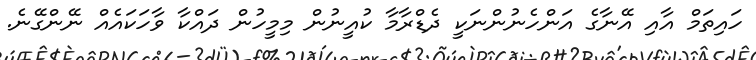
ހައިތަމް އާއި އޭނާގެ އަންހެނުންނަކީ ދެޑްރާމާ ކުއީނުން މިމީހުން ދައްކާ ވާހަކައެެއް ނޭންގޭނެ.